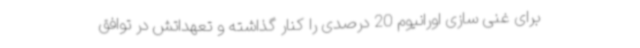
برای غنی سازی اورانیوم 20 درصدی را کنار گذاشته و تعهداتش در توافق